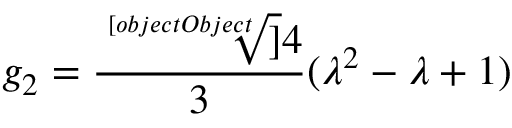
g _ { 2 } = { \frac { \sqrt [ [object Object] ] { 4 } } { 3 } } ( \lambda ^ { 2 } - \lambda + 1 )